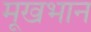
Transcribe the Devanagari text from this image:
मूखभान